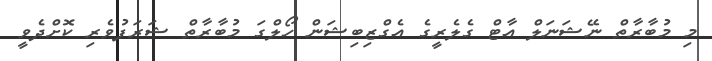
މި މުބާރާތް ނޭޝަނަލް އާޓް ގެލެރީގެ އެގްޒިބިޝަން ހޯލްގަ މުބާރާތް ޝަރަފުވެރި ކޮށްދެވީ